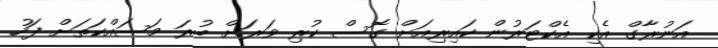
އަނުރާގް އެކި އެކްޓަރުން ކައިރިއަށް ގޮސް ކުރި ވަރަށް ބުރަ މަސައްކަތަށް ފަހު